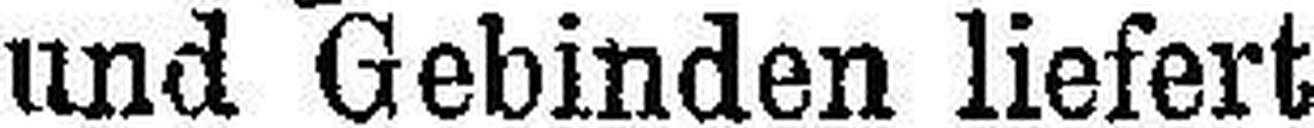
und Gebinden liefert